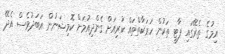
އިމުގެ ތެރޭގައި ޕާޓީ ތަކުން ހަރަކާތްތައް ކުރިއަށް ގެންދިއުމަށް ކޮމިޝަނުން އަަބަދުވެސް އެދޭ